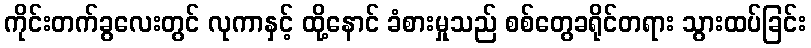
ကိုင်းတက်ခွလေးတွင် လုကာနှင့် ထို့နောင် ခံစားမှုသည် စစ်တွေခရိုင်တရား သွားထပ်ခြင်း